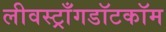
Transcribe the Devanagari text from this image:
लीवस्ट्राँगडॉटकॉम